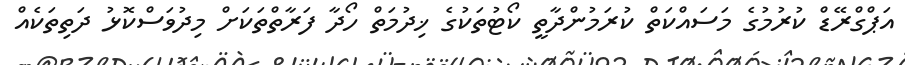
އަޕްގްރޭޑް ކުރުމުގެ މަސައްކަތް ކުރަމުންދާތީ ކޯޓުތަކުގެ ޚިދުމަތް ހޯދާ ފަރާތްތަކަށް މިދުވަސްކޮޅު ދަތިތަކެއް